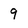
Character: 9